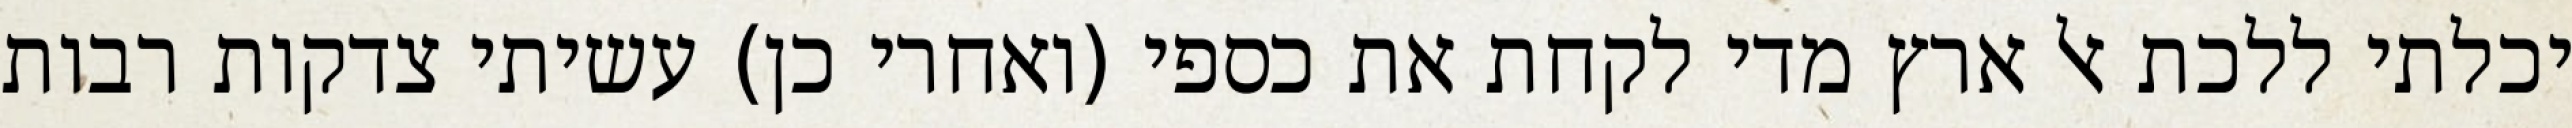
יכלתי ללכת אל ארץ מדי לקחת את כספי (ואחרי כן) עשיתי צדקות רבות